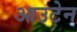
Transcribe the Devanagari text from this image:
आउटेन